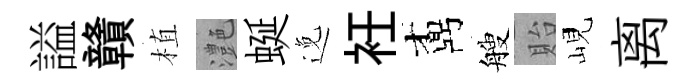
謚贛植灔蜒𨓜衽鼒艘貽峴离